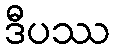
ဒီပဿ